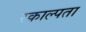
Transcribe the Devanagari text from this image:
रकाल्पता